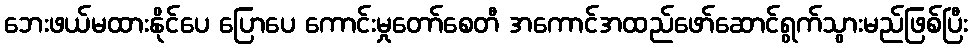
ဘေးဖယ်မထားနိုင်ပေ ပြောပေ ကောင်းမှုတော်စေတီ အကောင်အထည်ဖော်ဆောင်ရွက်သွားမည်ဖြစ်ပြီး